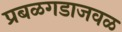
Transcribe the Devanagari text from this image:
प्रबळगडाजवळ